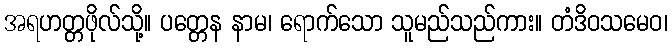
အရဟတ္တဖိုလ်သို့။ ပတ္တေန နာမ၊ ရောက်သော သူမည်သည်ကား။ တံဒိဝသမေဝ၊